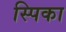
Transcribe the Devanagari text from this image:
स्पिका